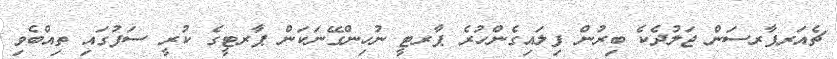
ޗެއަރޕާރސަން ޖަލުދެކެ ބިރުން ފިލައިގެންހުރެ ޕާރޓީ ނުހިންގޭނަކަން ޕާރޓީގެ ކުރީ ސަފުގައި ތިއްބެވި